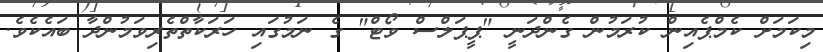
މިކަމަށް ކެމްޕެއިން ކުރަމުން ގެންދަނީ "ޕީޕަލްސް ވޯޓް" ގެ ނަމުގައި ހަރަކާތްތެރިވަމުންދާ ބައެކެވެ.